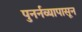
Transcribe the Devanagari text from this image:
पुनर्नव्यापासून